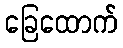
ခြေထောက်